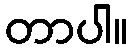
တာပါ။